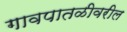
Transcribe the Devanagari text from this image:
गावपातळीवरील